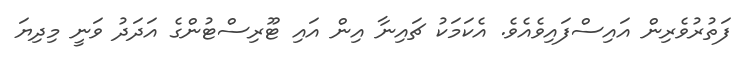
ފަތުރުވެރިން އައިސްފައިވެއެވެ. އެކަމަކު ޗައިނާ އިން އައި ޓޫރިސްޓުންގެ އަދަދު ވަނީ މިދިޔަ